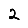
Digit: 2